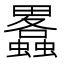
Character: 𤴂